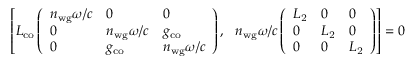
\left[ L _ { \mathrm { c o } } \left( \begin{array} { l l l } { n _ { \mathrm { w g } } \omega / c } & { 0 } & { 0 } \\ { 0 } & { n _ { \mathrm { w g } } \omega / c } & { g _ { \mathrm { c o } } } \\ { 0 } & { g _ { \mathrm { c o } } } & { n _ { \mathrm { w g } } \omega / c } \end{array} \right) , \ \ n _ { \mathrm { w g } } \omega / c \left( \begin{array} { l l l } { L _ { \mathrm { 2 } } } & { 0 } & { 0 } \\ { 0 } & { L _ { \mathrm { 2 } } } & { 0 } \\ { 0 } & { 0 } & { L _ { \mathrm { 2 } } } \end{array} \right) \right] = 0